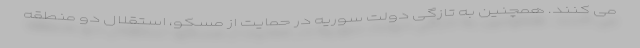
می کنند. همچنین به تازگی دولت سوریه در حمایت از مسکو، استقلال دو منطقه